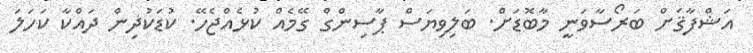
އަޝްފާޤަށް ބަރޯސާވަނީ މާބޮޑަށް. ބަލިވިޔަސް ޕާސިންގް ގޭމެއް ކުޅެއްޖެހޭ. ކުޑަކުދިން ދައްކާ ކަހަލަ